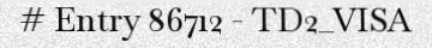
# Entry 86712 - TD2_VISA